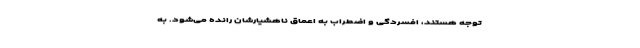
توجه هستند، افسردگی و اضطراب به اعماق ناهشیارشان رانده می‌شود. به